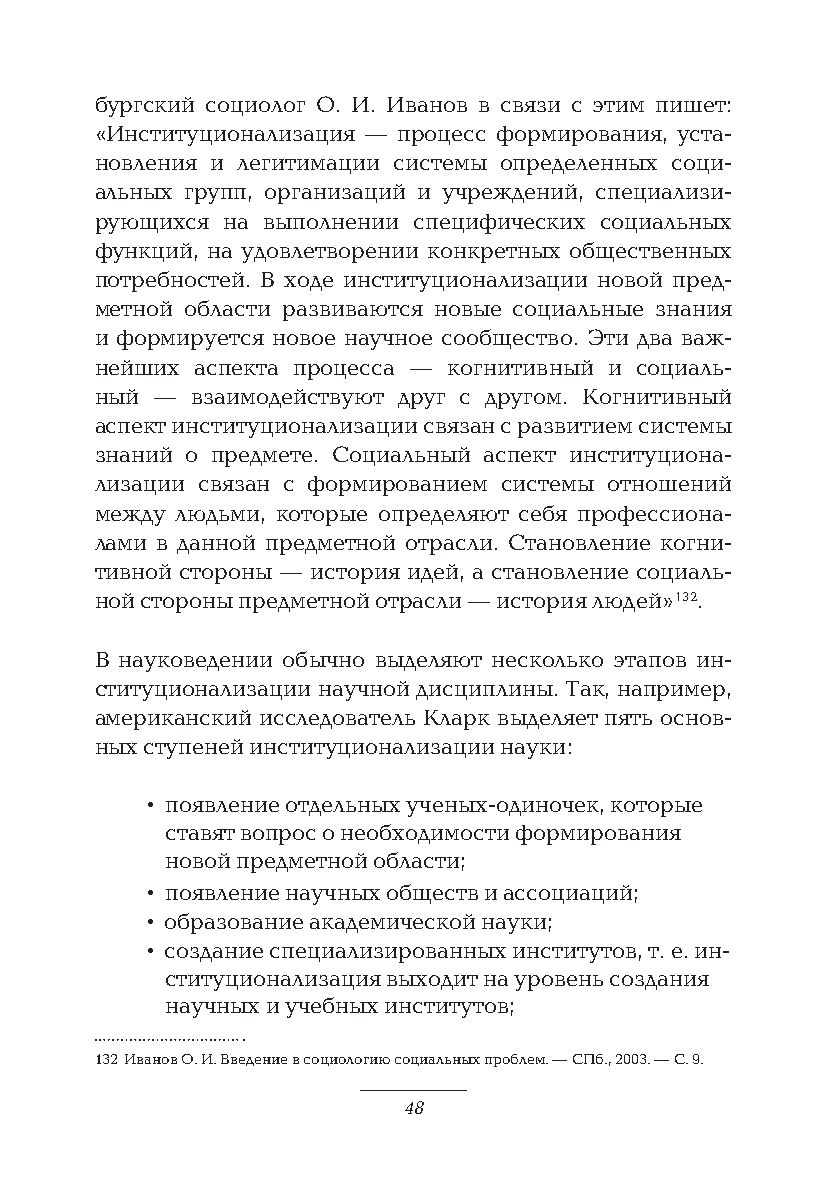
бургский социолог О. И. Иванов в связи с этим пишет:
 «Институционализация — процесс формирования, уста-
 новления и легитимации системы определенных соци-
 альных групп, организаций и учреждений, специализи-
 рующихся на выполнении специфических социальных
 функций, на удовлетворении конкретных общественных
 потребностей. В ходе институционализации новой пред-
 метной области развиваются новые социальные знания
 и формируется новое научное сообщество. Эти два важ-
 нейших аспекта процесса — когнитивный и социаль-
 ный —  взаимодействуют друг с другом. Когнитивный
 аспект институционализации связан с развитием системы
 знаний о предмете. Социальный аспект институциона-
 лизации связан с формированием системы отношений
 между людьми, которые определяют себя профессиона-
 лами в данной предметной отрасли. Становление когни-
 тивной стороны — история идей, а становление социаль-
 ной стороны предметной отрасли — история людей» 132.
 В науковедении обычно выделяют несколько этапов ин-
 ституционализации научной дисциплины. Так, например,
 американский исследователь Кларк выделяет пять основ-
 ных ступеней институционализации науки:
 • появление отдельных ученых-одиночек, которые
 ставят вопрос о необходимости формирования
 новой предметной области;
 • появление научных обществ и ассоциаций;
 • образование академической науки;
 • создание специализированных институтов, т. е. ин-
 ституционализация выходит на уровень создания
 научных и учебных институтов;
 132 Иванов О. И. Введение в социологию социальных проблем. — СПб., 2003. — С. 9.
 48